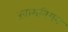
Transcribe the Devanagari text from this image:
ख़ामनिगन